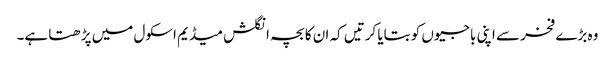
وہ بڑے فخر سے اپنی باجیوں کو بتایا کرتیں کہ ان کا بچہ انگلش میڈیم اسکول میں پڑھتا ہے۔